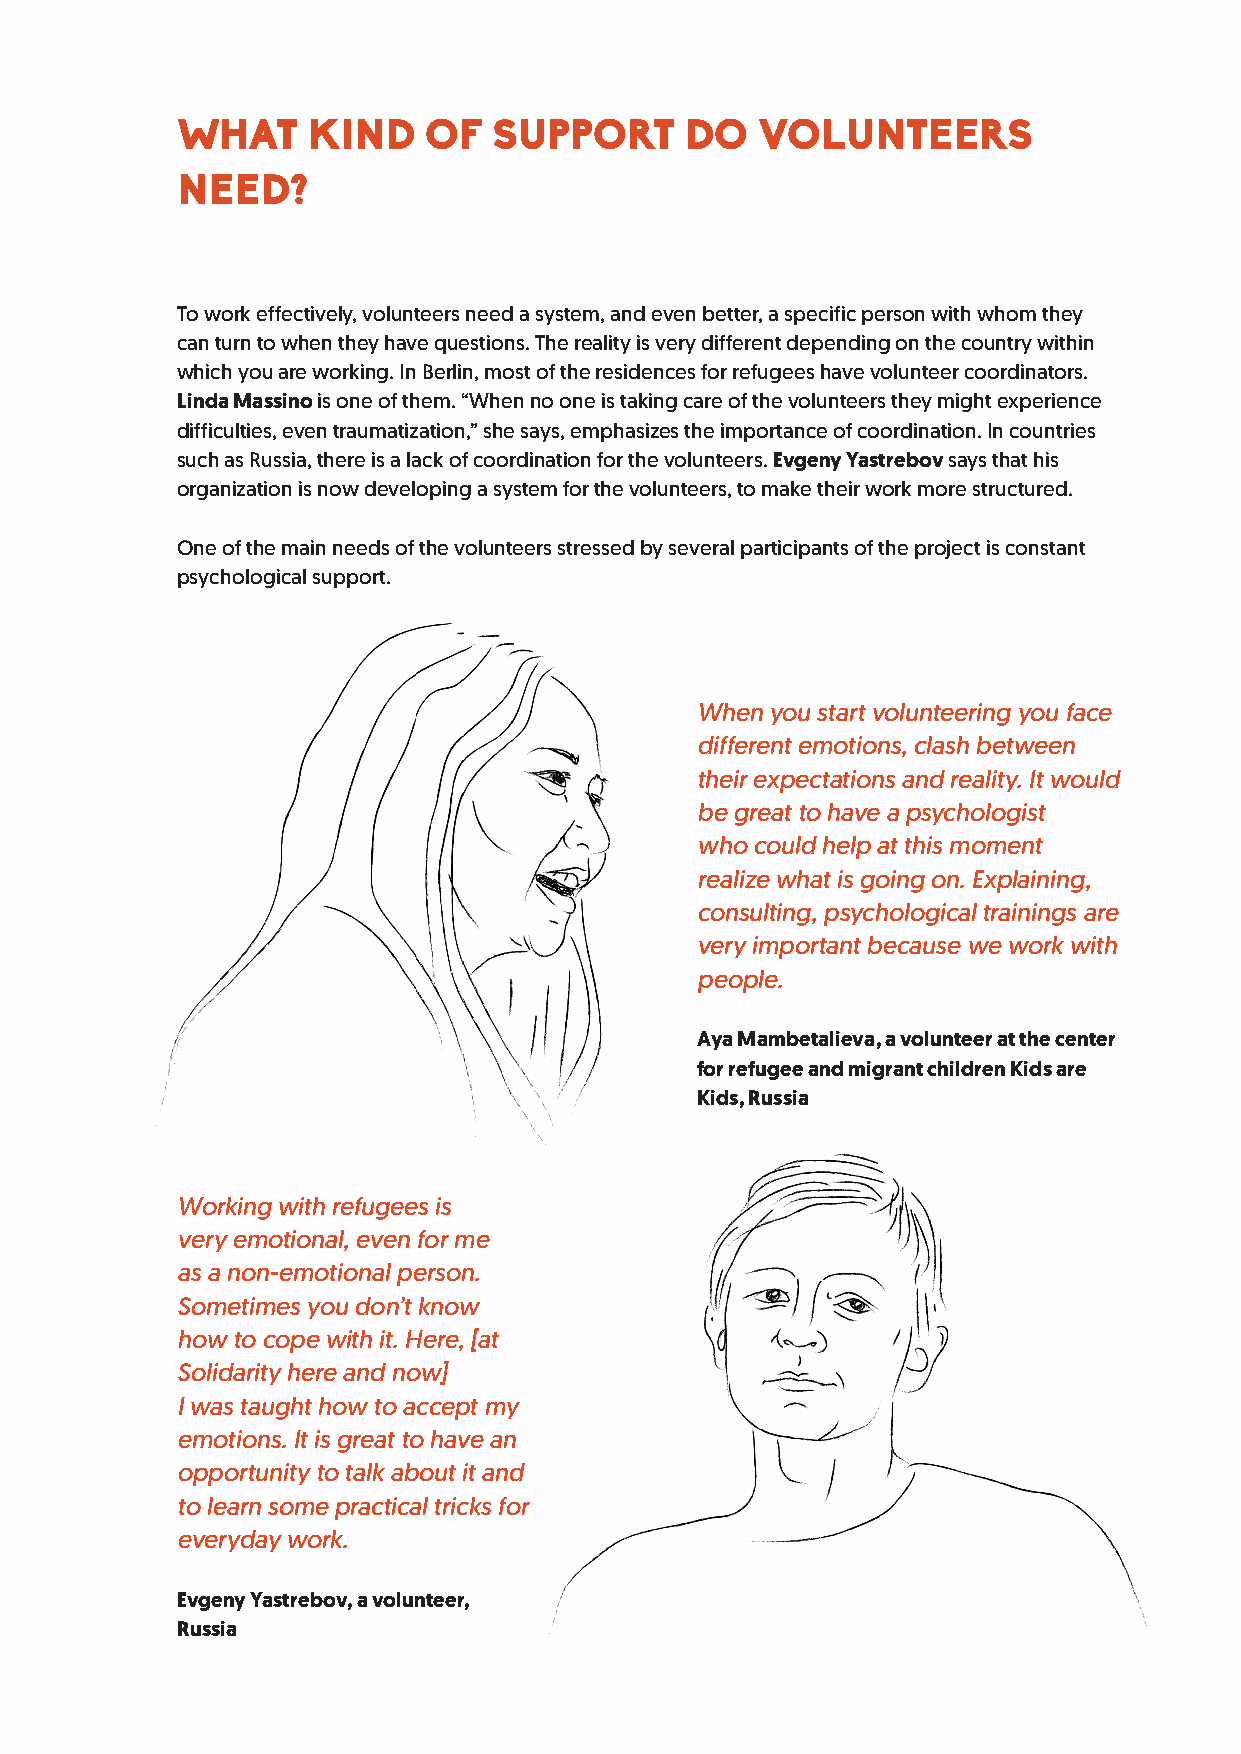
WHAT    KIND    OF   SUPPORT     DO   VOLUNTEERS
 NEED?
 To work effectively, volunteers need a system, and even better, a specific person with whom they
 can turn to when they have questions. The reality is very different depending on the country within
 which you are working. In Berlin, most of the residences for refugees have volunteer coordinators.
 Linda Massino is one of them. “When no one is taking care of the volunteers they might experience
 difficulties, even traumatization,” she says, emphasizes the importance of coordination. In countries
 such as Russia, there is a lack of coordination for the volunteers. Evgeny Yastrebov says that his
 organization is now developing a system for the volunteers, to make their work more structured.
 One of the main needs of the volunteers stressed by several participants of the project is constant
 psychological support.
 When you start volunteering you face
 different emotions, clash between
 their expectations and reality. It would
 be great to have a psychologist
 who could help at this moment
 realize what is going on. Explaining,
 consulting, psychological trainings are
 very important because we work with
 people.
 Aya Mambetalieva, a volunteer at the center
 for refugee and migrant children Kids are
 Kids, Russia
 Working with refugees is
 very emotional, even for me
 as a non-emotional person.
 Sometimes you don’t know
 how to cope with it. Here, [at
 Solidarity here and now]
 I was taught how to accept my
 emotions. It is great to have an
 opportunity to talk about it and
 to learn some practical tricks for
 everyday work.
 Evgeny Yastrebov, a volunteer,
 Russia